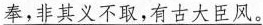
\underline{奉，非其义不取，有古大臣风。}